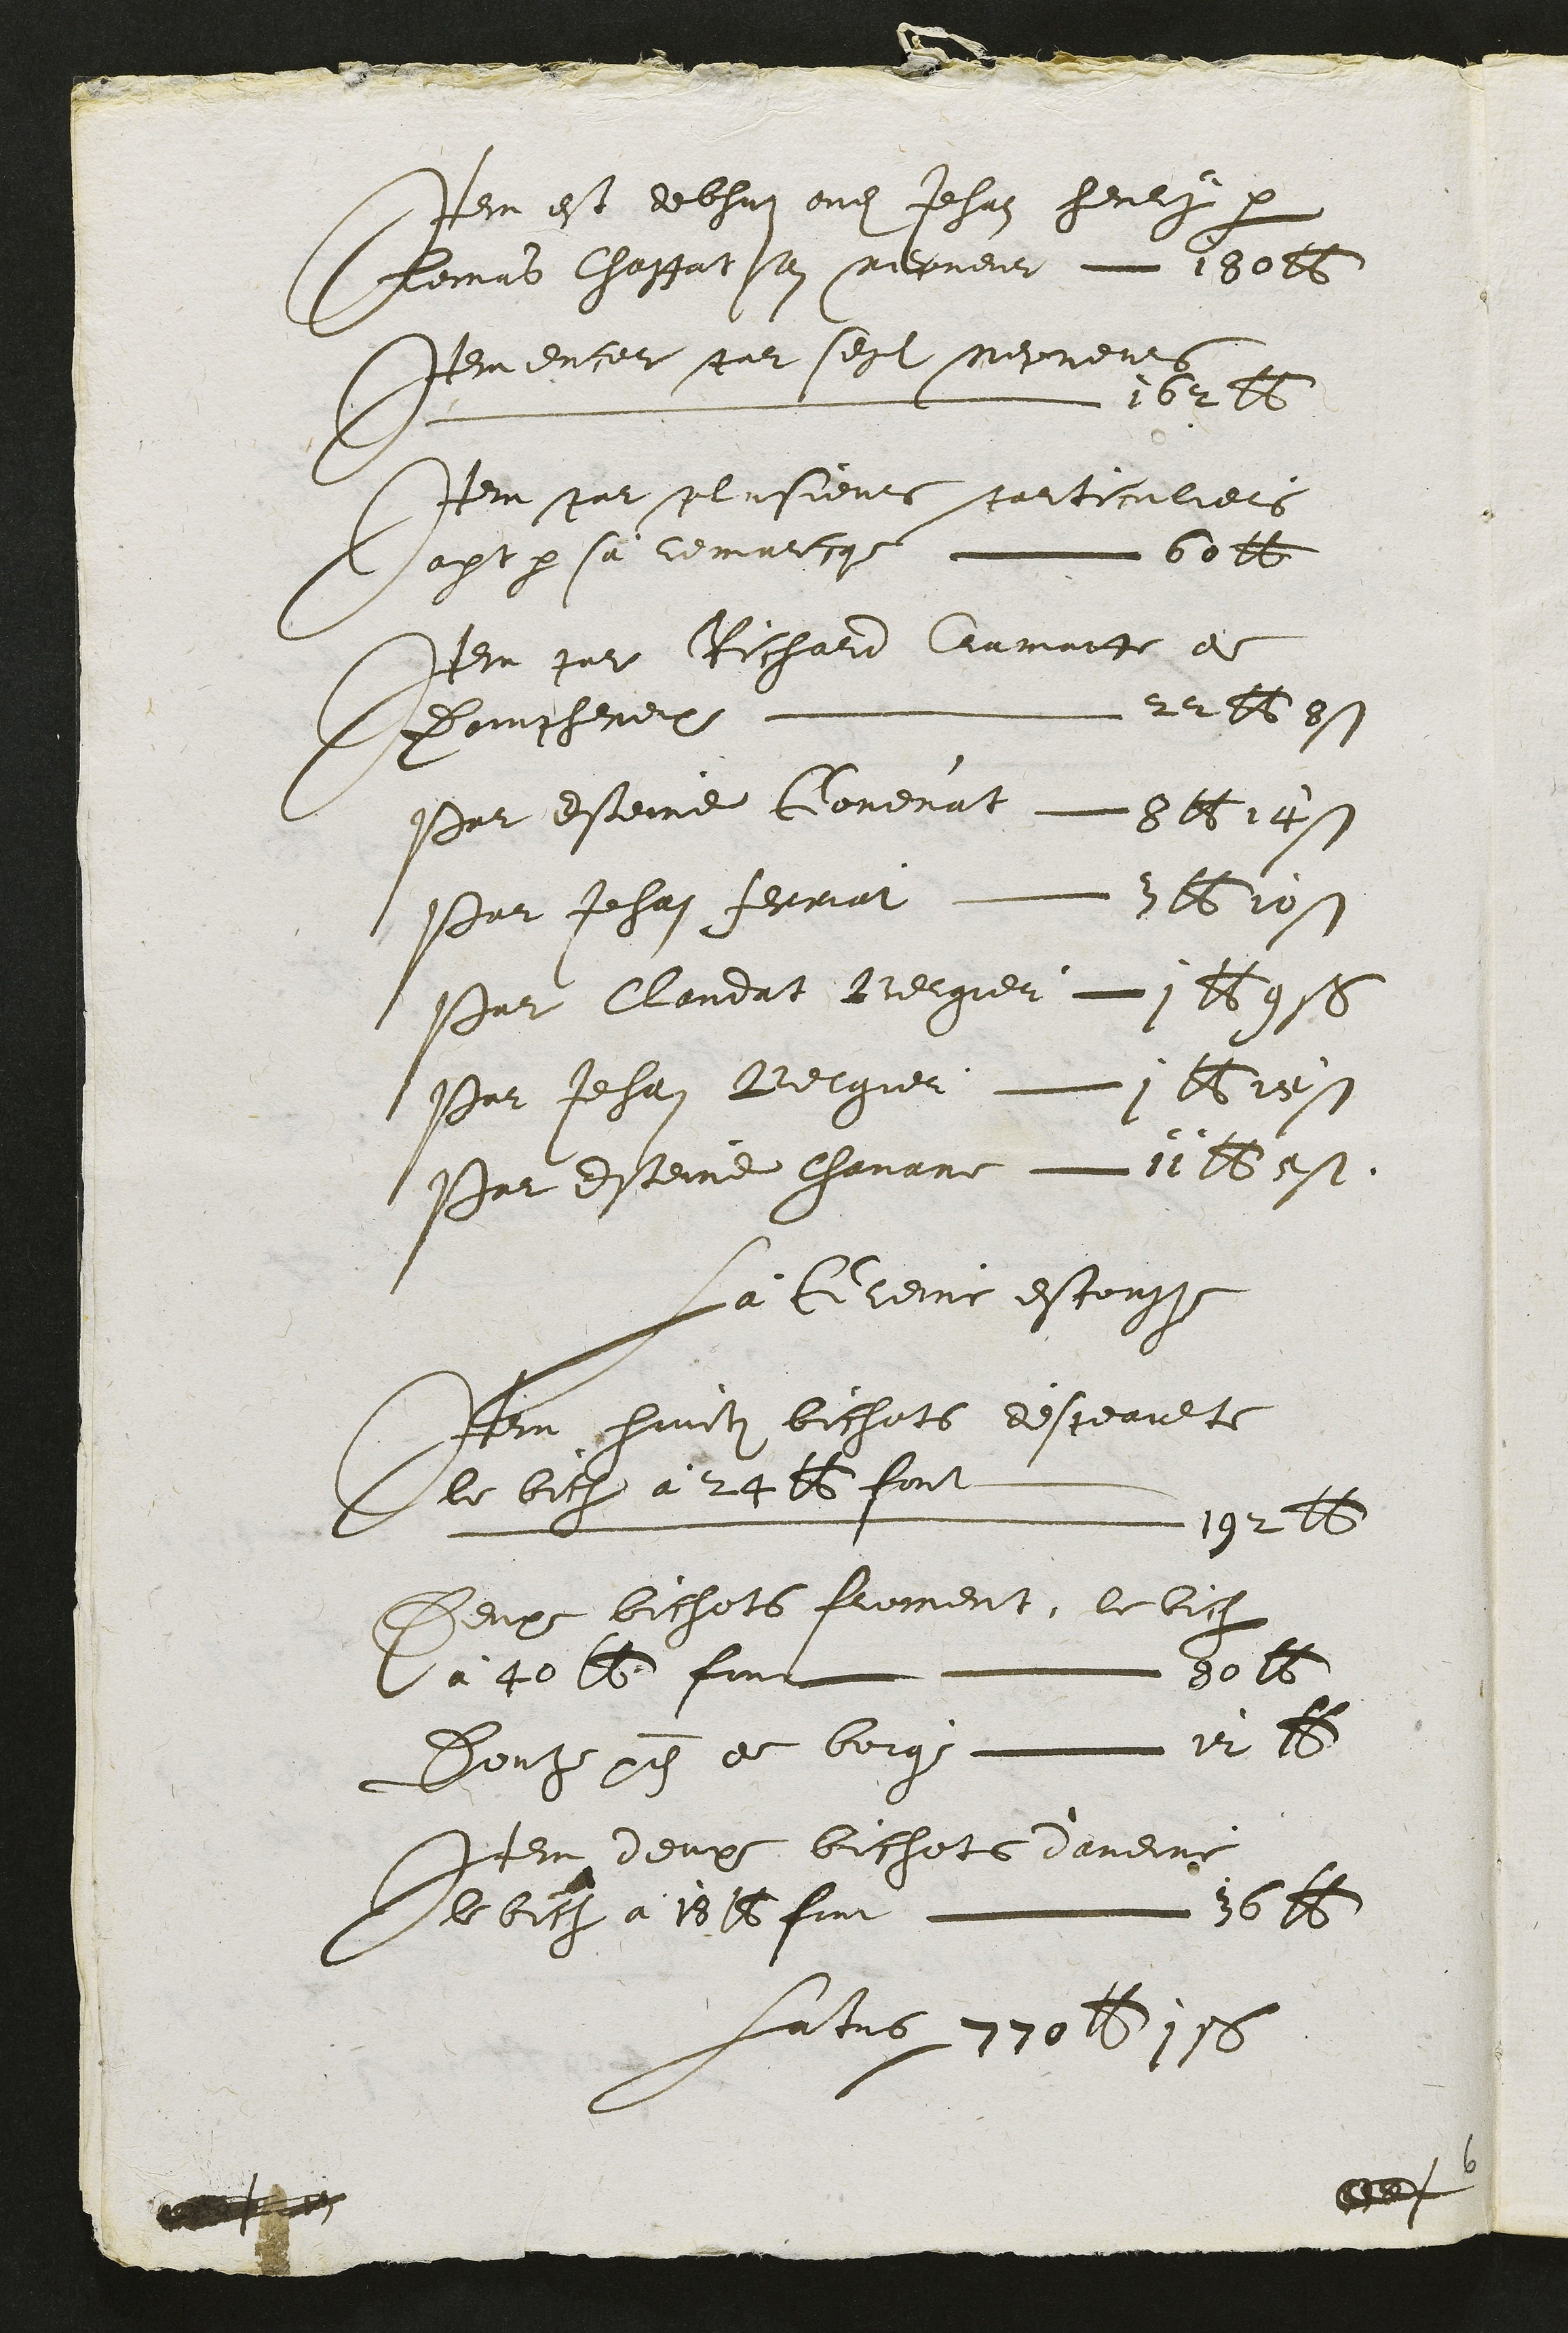
Per est delhi oudit Jehan heulg par
Cemus Chastat son meerneua 16o2s
emencele seet segt Neprens
L u y 6t
Insat sclnsieme tauticuliers
Nagt par sa lemreege L bott
Pr pui Richard Carmune a
Bointheel  2t26 os
Par Estenne Couenat S6itz
Par Jehan Jermat 11610
sr Claudat Bergieu i 2 oss
Par Jehan Betgier L16tes
Par dsteie Theurne  1t Aust
La Gterne escougte
Niu linlz biclats descervet
Glebill a 2ae foit
L ja2
Deurc bithets feument, le bict
Va gele fimc veeo
Dout piz de bonge e 1
Item deupe Bichete daudne
Babiaivo
Latis 1u0 d 18

l
alt

2